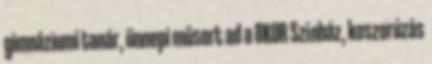
gimnáziumi tanár, ünnepi műsort ad a 8KOR Színház, koszorúzás